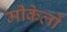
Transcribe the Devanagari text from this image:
मीकेलों